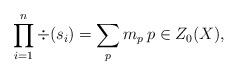
LaTeX: \begin{align*} \prod_{i=1}^{n}\div(s_{i})=\sum_{p}m_{p}\, p \in Z_{0}(X),\end{align*}